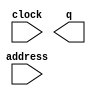
module wb_rom_32x8192 (
	address,
	clock,
	q);

	input	[12:0]  address;
	input	  clock;
	output	[31:0]  q;
`ifndef ALTERA_RESERVED_QIS
// synopsys translate_off
`endif
	tri1	  clock;
`ifndef ALTERA_RESERVED_QIS
// synopsys translate_on
`endif

endmodule